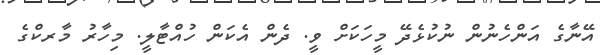
އޭނާގެ އަންހެނުން ނުކުޅެދޭ މީހަކަށް ވީ. ދެން އެކަން ހުއްޓާލީ. މިހާރު މާރކްގެ